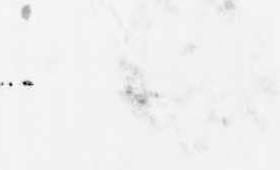
候